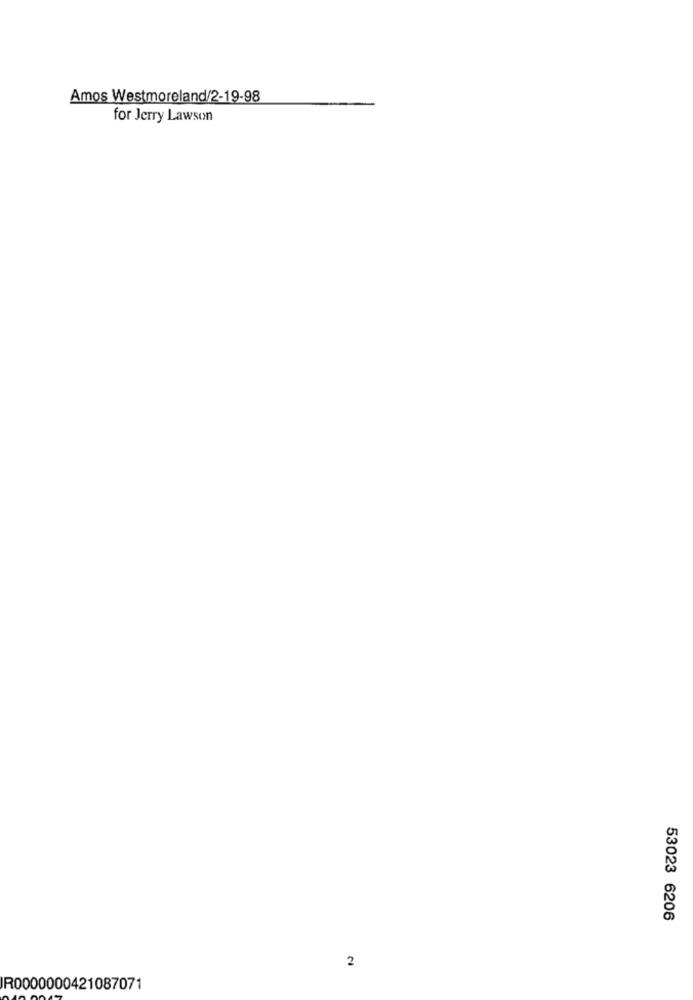
Amos Westmoreland/2-19-98
for Jerry Lawson
53023 6206
2
IR0000000421087071